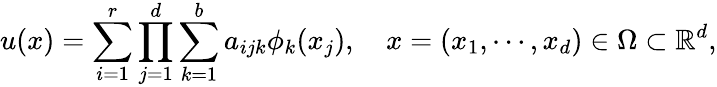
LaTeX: u(x)=\sum_{i=1}^{r}\prod_{j=1}^{d}\sum_{k=1}^{b}a_{ijk}\phi_{k}(x_{j}),\quad x=(x_{1},\cdots,x_{d})\in\Omega\subset\mathbb{R}^{d},